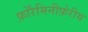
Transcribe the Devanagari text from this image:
फ़ोरैमिनीफ़ेरीय